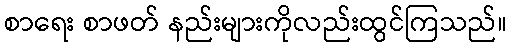
စာရေး စာဖတ် နည်းများကိုလည်းထွင်ကြသည်။